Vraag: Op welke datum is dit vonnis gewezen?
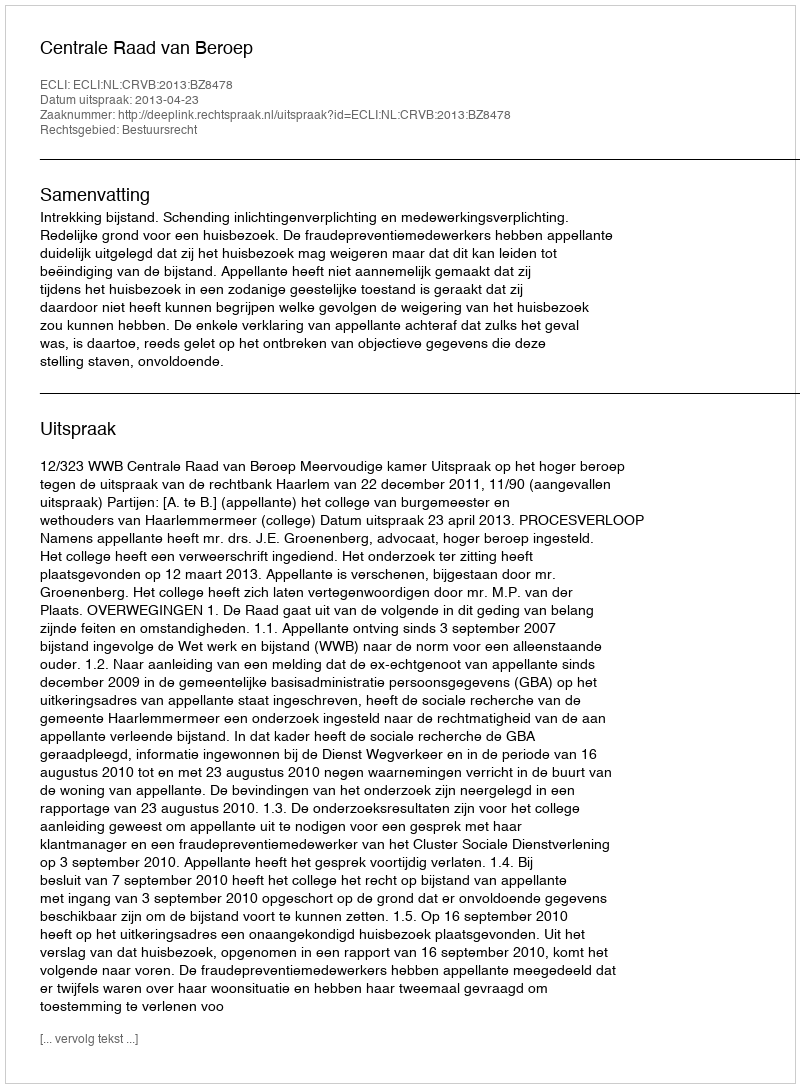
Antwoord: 2013-04-23